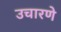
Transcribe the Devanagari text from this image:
उचारणे